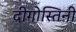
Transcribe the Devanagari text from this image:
दीगोस्तिनी